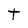
Character: t